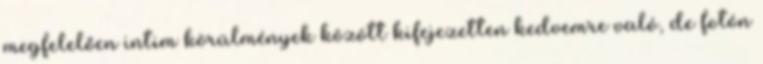
megfelelően intim körülmények között kifejezetten kedvemre való, de fotón